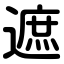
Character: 遮